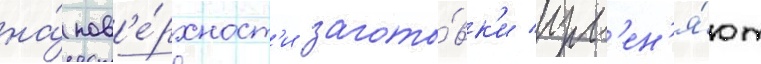
на́ пов'е́рхност'и загото́вк'и изм'ен'я́ют